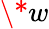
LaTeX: \* w